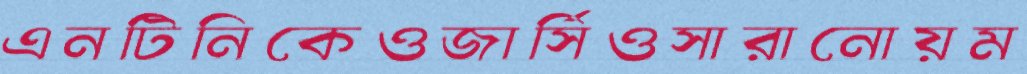
এনটিনিকেওজার্সিওসারানোয়ম